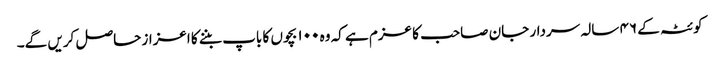
کوئٹہ کے ۴۶ سالہ سردار جان صاحب کا عزم ہے کہ وہ ۱۰۰ بچوں کا باپ بننے کا اعزاز حاصل کریں گے۔